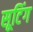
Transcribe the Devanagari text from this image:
सूटिंग